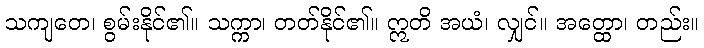
သကျတေ၊ စွမ်းနိုင်၏။ သက္ကာ၊ တတ်နိုင်၏။ ဣတိ အယံ၊ လျှင်။ အတ္ထော၊ တည်း။